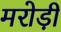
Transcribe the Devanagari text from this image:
मरोड़ी